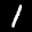
Label: 1